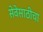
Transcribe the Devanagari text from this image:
सेवेसाठीचा